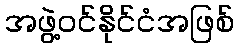
အဖွဲ့ဝင်နိုင်ငံအဖြစ်